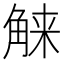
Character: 𰴤